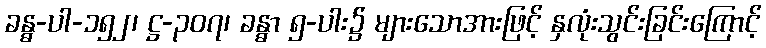
ခန္ဓ-ပါ-၁၅၂၊ ဋ္ဌ-၃၀၇၊ ခန္ဓာ ၅-ပါး၌ များသောအားဖြင့် နှလုံးသွင်းခြင်းကြောင့်